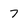
Character: 7